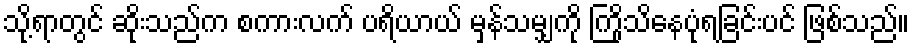
သို့ရာတွင် ဆိုးသည်က စကားလက် ပရိယာယ် မှန်သမျှကို ကြိုသိနေပုံရခြင်းပင် ဖြစ်သည်။